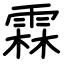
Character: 霖